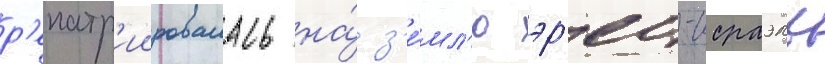
р'епатр'иировалась на́ з'е́мл'ю эр'ец-исраэль